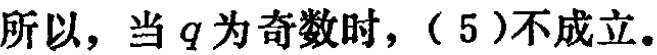
所以，当\(q\)为奇数时，\((5)\)不成立。